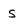
Character: s